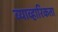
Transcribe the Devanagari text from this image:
व्याव्हारिकता